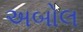
અબોલ